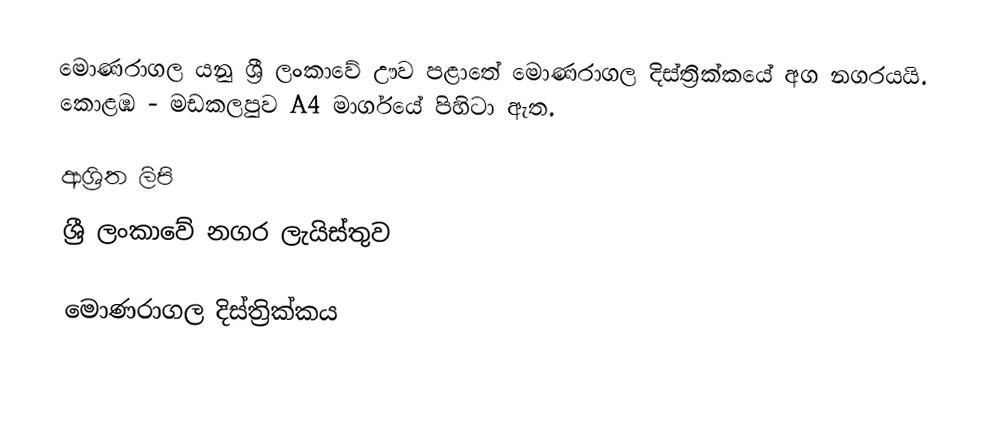
මොණරාගල යනු ශ්‍රී ලංකාවේ ඌව පළාතේ		මොණරාගල දිස්ත්‍රික්කයේ අග නගරයයි. කොළඹ - මඩකලපුව A4 මාර්ගයේ පිහිටා ඇත.

ආශ්‍රිත ලිපි
ශ්‍රී ලංකාවේ නගර ලැයිස්තුව

මොණරාගල දිස්ත්‍රික්කය